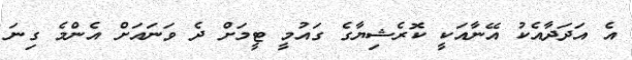
އެ އަދަދާއެކު އޭނާއަކީ ކޮރެޝިޔާގެ ގައުމީ ޓީމަށް ދެ ވަނައަށް އެންމެ ގިނަ